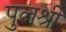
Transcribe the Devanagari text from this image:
पुलश्री